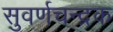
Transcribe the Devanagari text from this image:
सुवर्णचन्द्रक